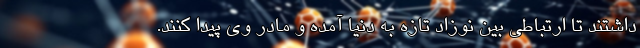
داشتند تا ارتباطی بین نوزاد تازه به دنیا آمده و مادر وی پیدا کنند.